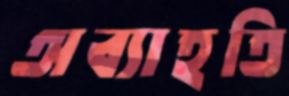
অব্যাহতি